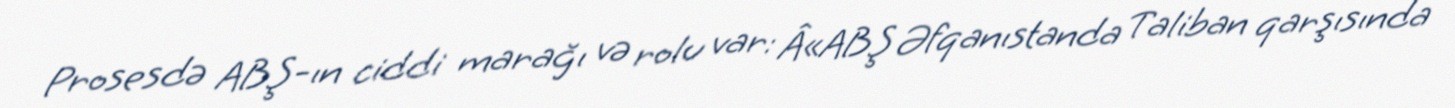
Prosesdə ABŞ-ın ciddi marağı və rolu var: Â«ABŞ Əfqanıstanda Taliban qarşısında